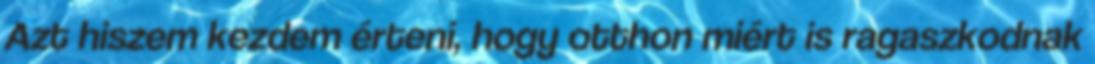
Azt hiszem kezdem érteni, hogy otthon miért is ragaszkodnak